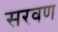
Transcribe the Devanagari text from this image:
सरवण